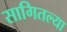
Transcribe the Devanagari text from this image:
सागितल्या